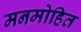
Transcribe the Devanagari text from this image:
मनमोहित